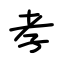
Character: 孝